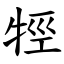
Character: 牼